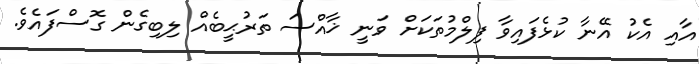
އާއި އެކު އޭނާ ކުޅެފައިވާ ފިލްމުތަކަށް ވަނީ ޚާއްސަ ތަރުޙީބެއް ލިބިގެން ގޮސްފައެވެ.